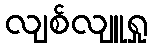
လျစ်လျူရှု